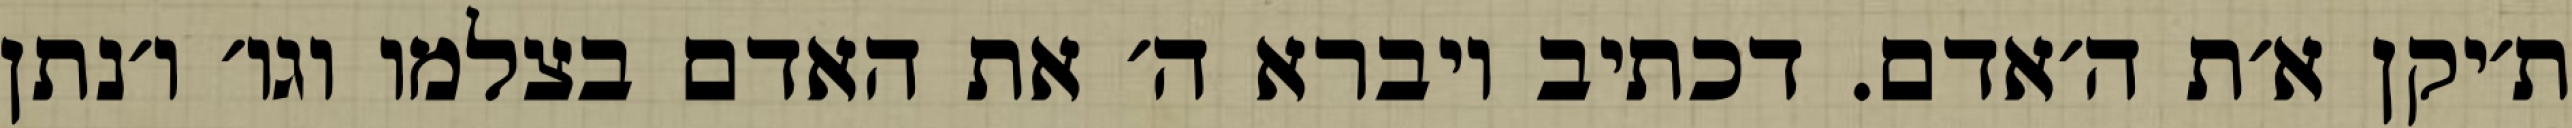
ת׳יקן א׳ת ה׳אדם. דכתיב ויברא ה׳ את האדם בצלמו וגו׳ ו׳נתן